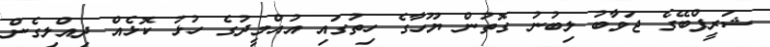
ޝަރީފްބޭގެ ޖަވާބު ލިބުނު ގޮތުން ޔޫހާގެ ހިތުގައި އުއްމީދުގެ ހުޅު ކޮޅެއް ދިއްލިގެން